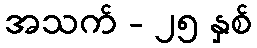
အသက် - ၂၅ နှစ်